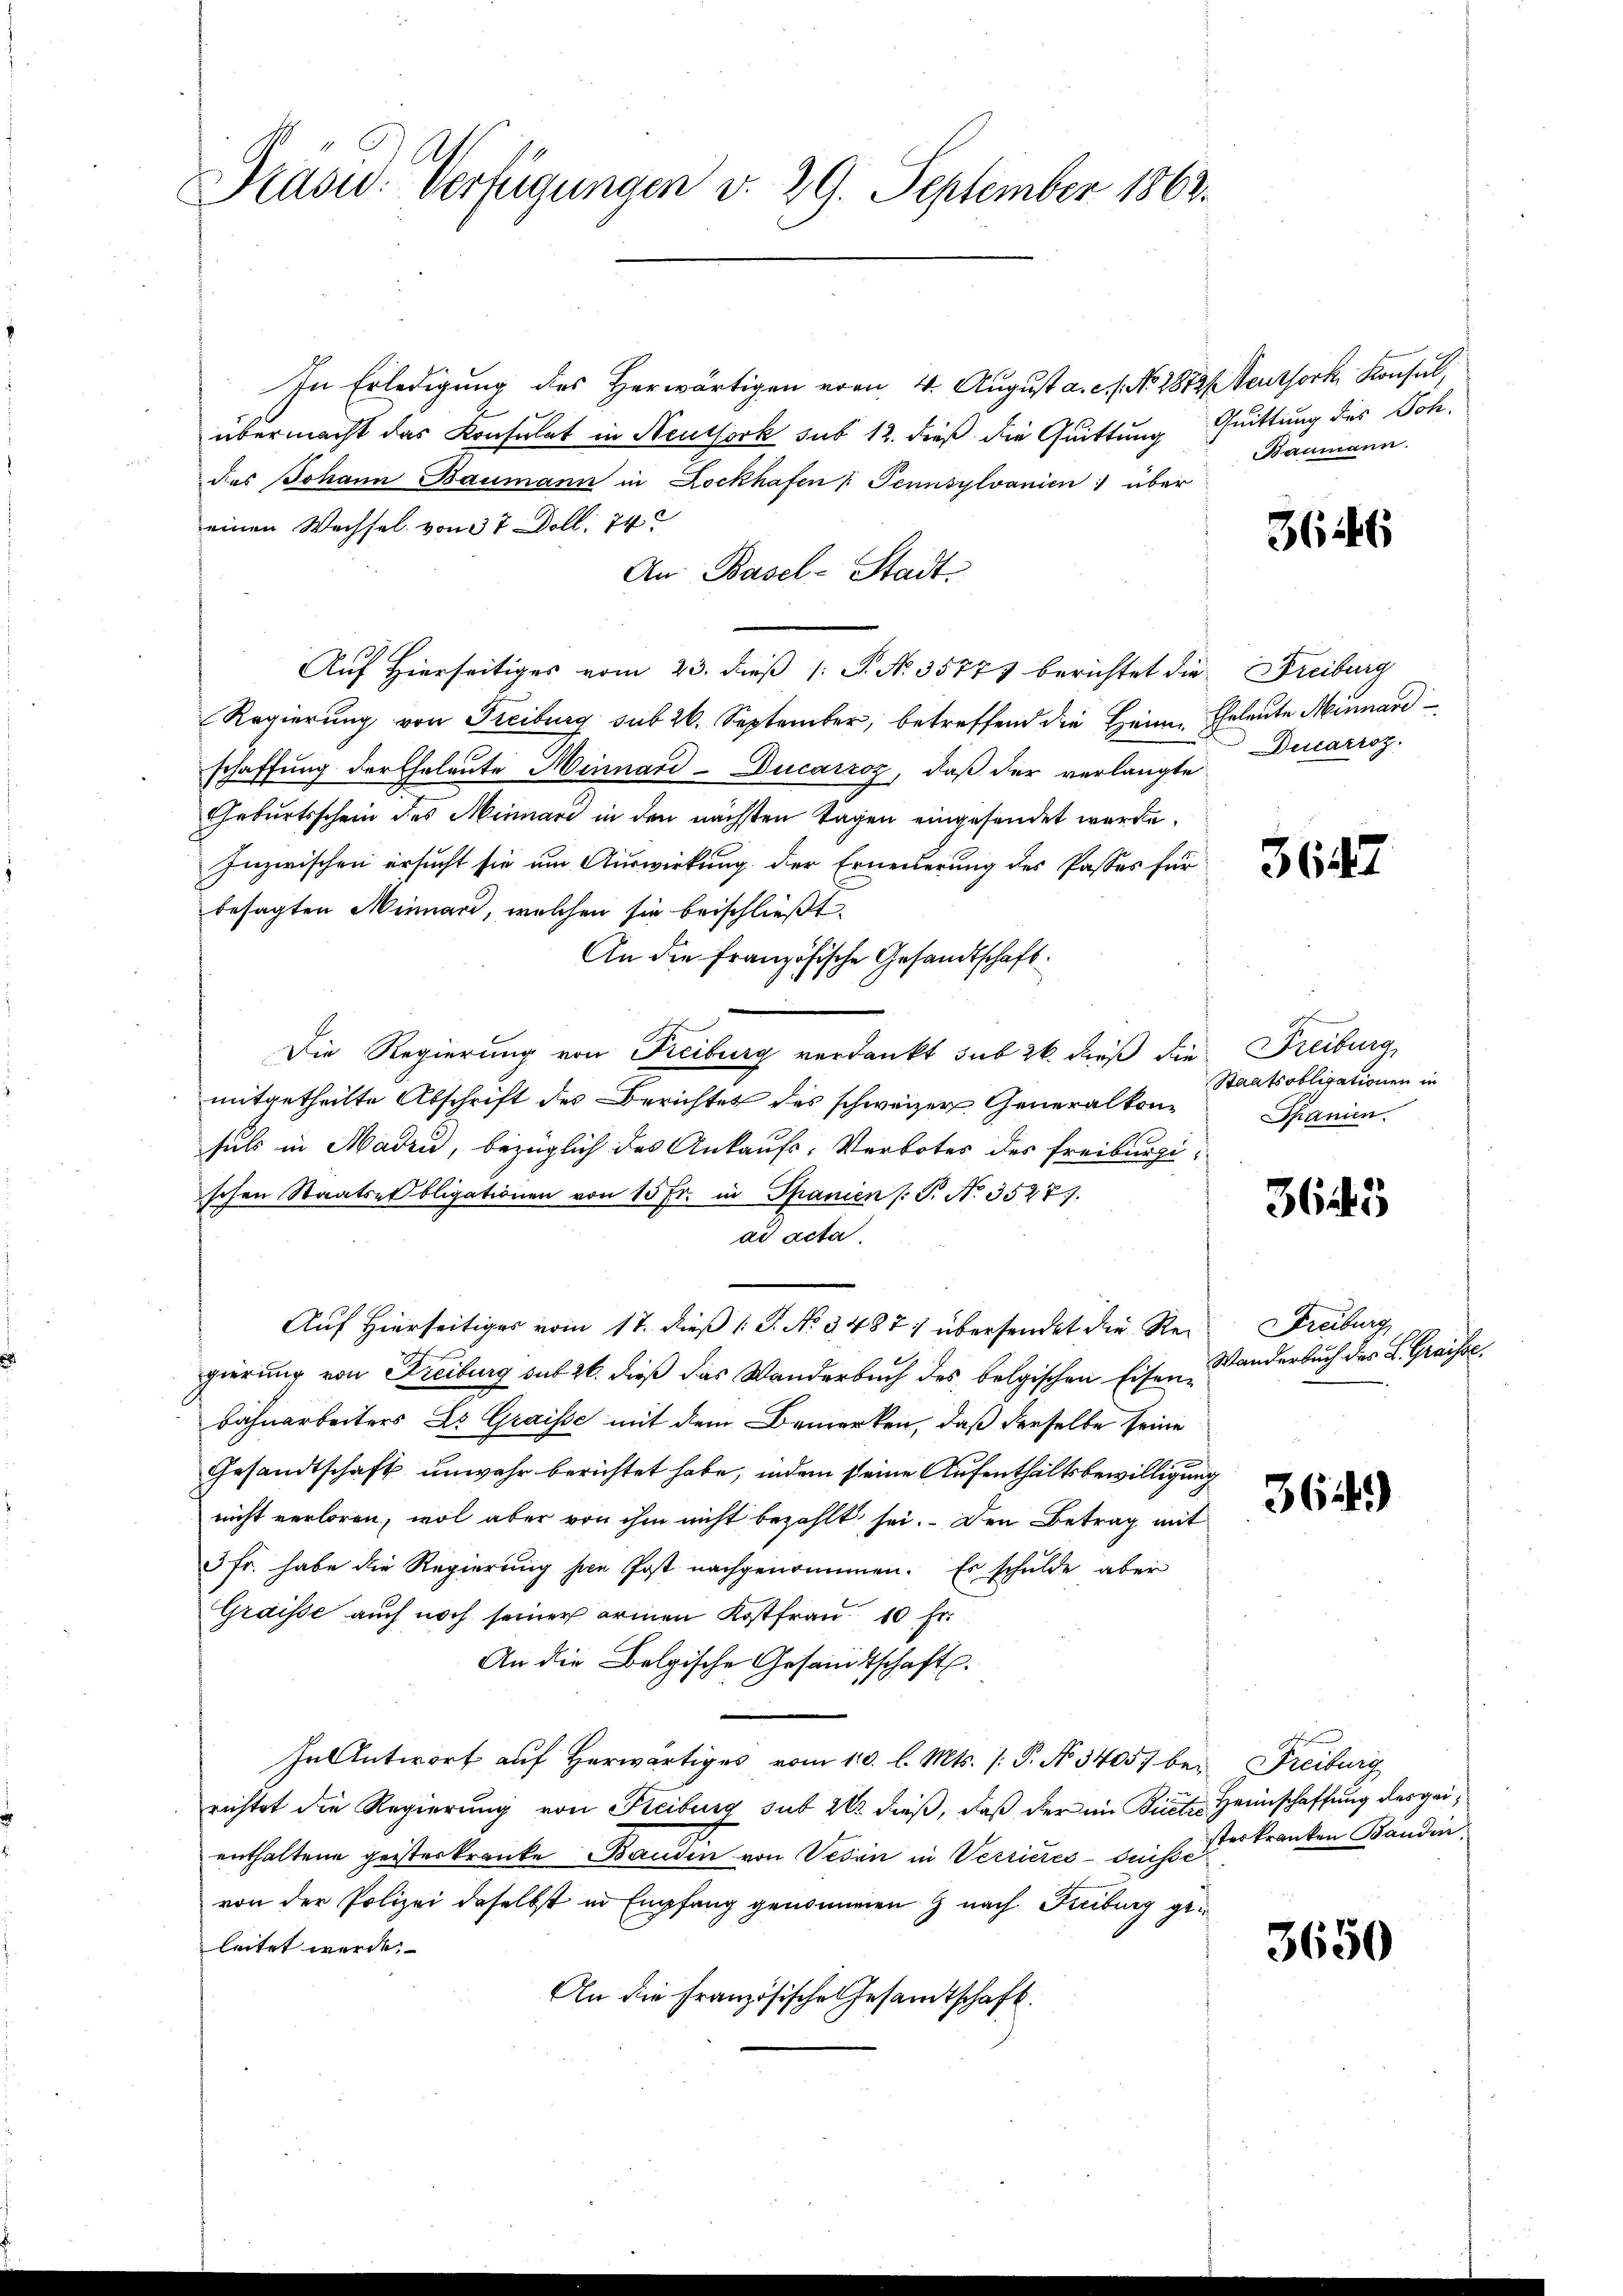
Präsid. Verfügungen v. 29. September 1863.

In Erledigung des Herwärtigen vom 4. August a. c. s. No. 1872 (Neuthork, Konsul,
übermacht das Konsulat in Neuthork sub 12. dieß die Quittung
das Johann Baumann in Lockhafen Tennsylvanien über
einen Wechsel von 37 Doll. 74
An Basel-Stadt.
Auf hierseitiges vom 23. dieβ (: S. Nr. 35771 berichtet die Freiburg
Regierung von Freiburg sub 20. September, betreffend die Heim
schaffung der Eheleute Minnard-Ducarzoz, daß der verlangte Ducarroz.
Geburtsschein des Minnare in den nächsten Tagen eingesendet werde.
Inzwischen ersucht sie um Auswirkung der Erneuerung des Passes für
besagten Minnard, welchen sie beischließt:
An die Französische Gesandtschaft
Die Regierung von Freiburg verdankt sub 26. dieß die Freiburg,
mitgetheilte Abschrift des Berichtes des schweizer Generalkonfuls in Madru, bezüglich des Ankaufs-Verbotes des Freiburgischen Staatsel bligationen von 15 fr. in Spanien (S. N. 3527).
ad acta
Auf Hierseitiges vom 17. dieß (T. No. 3487) übersendet die Regierung von Freiburg sub 26. dieß das Wanderbuch des belgischen Eisen¬
Bahnarbeiters Dr. Graisse mit dem Bemerken, daß derselbe seine
Gesandtschaft unwahr berichtet habe, indem seine Aufenthaltsbewilligung
nicht verloren, wol aber von ihm nicht bezahlt sei. Den Betrag mit
3 Fr. habe die Regierung her Post nachgenommen. Es schulde aber
Graisse auch noch seiner armen Kostfrau 10 Fr.
An die Belgische Gesamtschaft.
In Antwort auf Herwärtiges vom 10. l. Mts. (: P. No. 3405) bei Freiburg
richtet die Regierung von Freiburg sub 20 dieß, daß der im Biect. Heimschaffung des geienthaltene geisteskranke Banden von Veren in Verrieres-Guisse
von der Polizei daselbst in Empfang genommen z nach Freiburg geleitet werde.
An die Französische Gesamtschaft.

Quittung des Joh.
Baumann.

3646

Eheleute Minnard

d

364

Staatsobligationen in
Spanien.

3645

Freiburg
Wanderbuch des L. Graisse.

364)

eskranken Banden,

3650